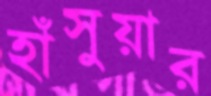
হাঁসুয়ার